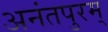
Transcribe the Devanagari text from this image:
अनंतपुरम्